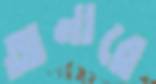
অনারে